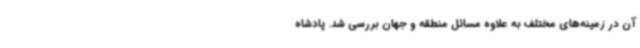
آن در زمینه‌های مختلف به علاوه مسائل منطقه و جهان بررسی شد. پادشاه